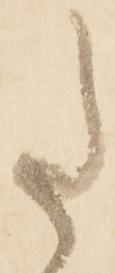
た